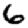
Digit: 6